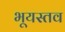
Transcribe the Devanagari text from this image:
भूयस्तव